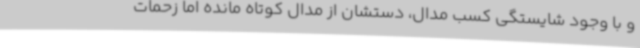
و با وجود شایستگی کسب مدال، دستشان از مدال کوتاه مانده اما زحمات